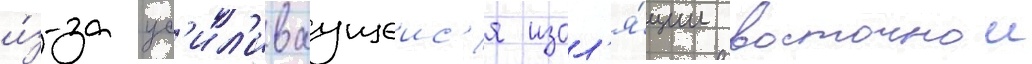
и́з-за ус'ил'иваущеис'я изол'я́ции восточнои